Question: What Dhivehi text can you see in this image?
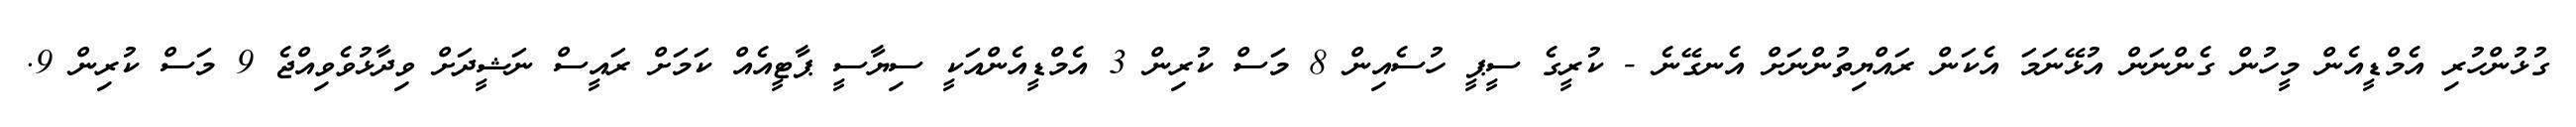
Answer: ގުޅުންހުރި އެމްޑީއެން މީހުން ގެންނަން އުޅޭނަމަ އެކަން ރައްޔިތުންނަށް އެނގޭނެ - ކުރީގެ ސީޕީ ހުސެއިން 8 މަސް ކުރިން 3 އެމްޑީއެންއަކީ ސިޔާސީ ޕާޓީއެއް ކަމަށް ރައީސް ނަޝީދަށް ވިދާޅުވެވިއްޖެ 9 މަސް ކުރިން 9.